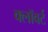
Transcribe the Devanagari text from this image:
क्लॉवर्ट